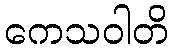
ကေသဝါတိ